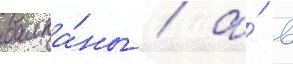
балка́ны / а́ в